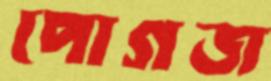
পোগজ